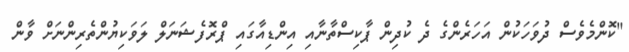
"ކޮންމެވެސް ދުވަހަކުން އަހަރެންގެ ދެ ކުދިން ޕާކިސްތާނާއި އިންޑިއާގައި ޕްރޮފެޝަނަލް ލަވަކިޔުންތެރިންނަށް ވާން